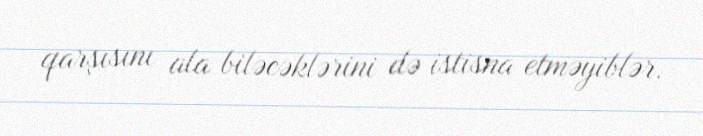
qarşısını ala biləcəklərini də istisna etməyiblər.